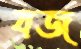
যজ